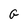
Character: G